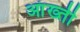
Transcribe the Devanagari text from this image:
आंख्ती